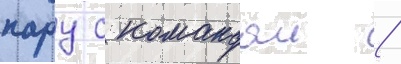
пару с командои /